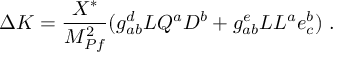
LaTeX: \Delta K = { \frac { X ^ { * } } { M _ { P f } ^ { 2 } } } ( g _ { a b } ^ { d } L Q ^ { a } D ^ { b } + g _ { a b } ^ { e } L L ^ { a } e _ { c } ^ { b } ) ~ .